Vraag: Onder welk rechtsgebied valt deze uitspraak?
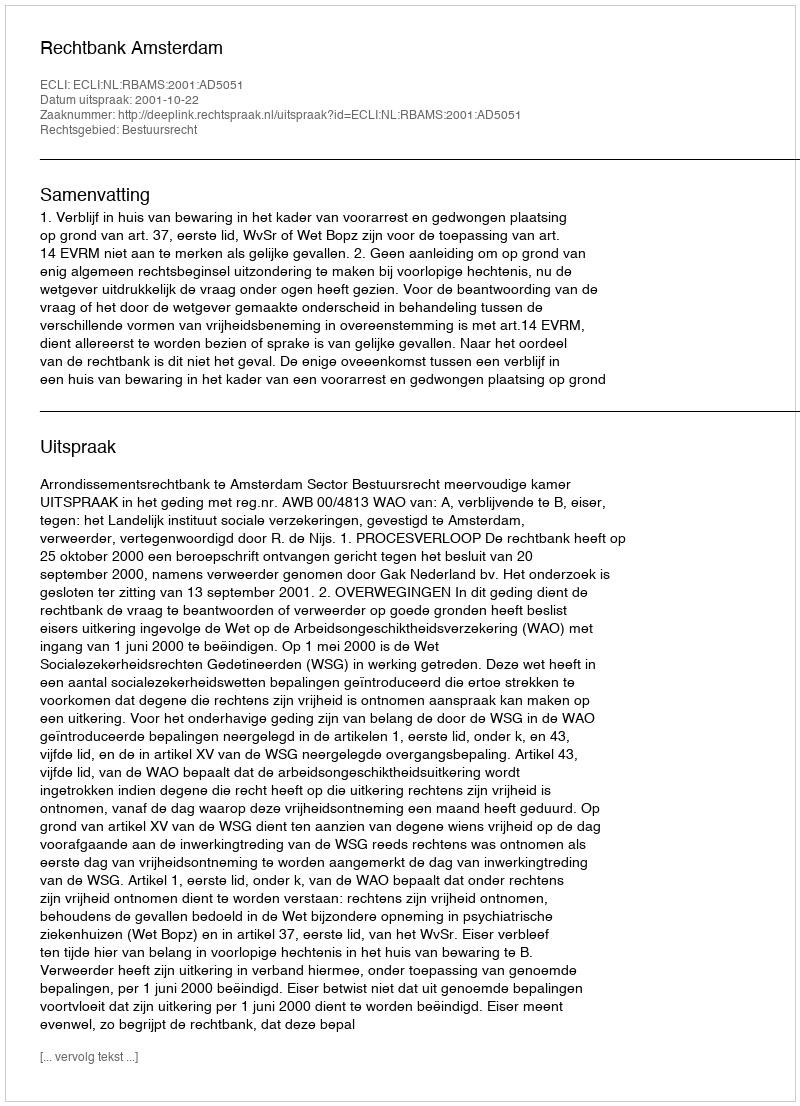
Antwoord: Bestuursrecht